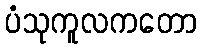
ပံသုကူလကတော